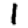
Digit: 1